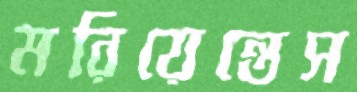
মরিয়েন্তেস